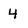
Character: 4